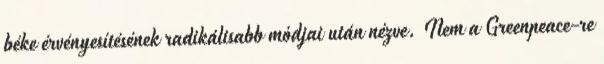
béke érvényesítésének radikálisabb módjai után nézve. Nem a Greenpeace-re